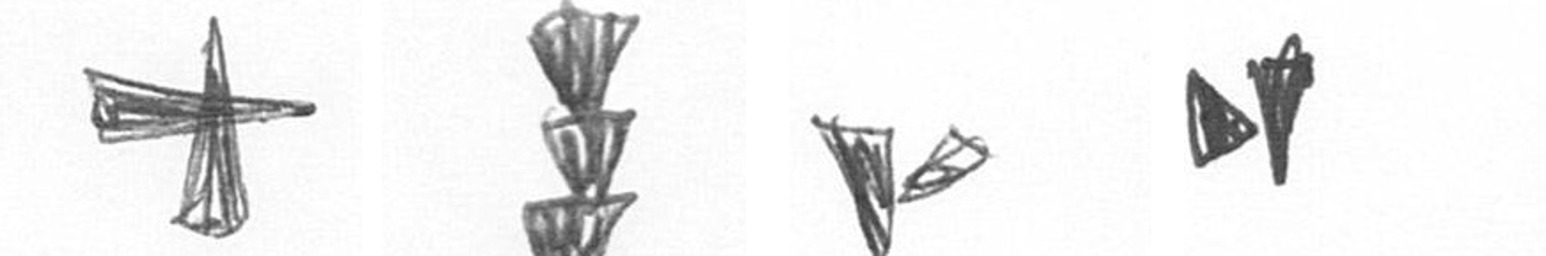
G E F M